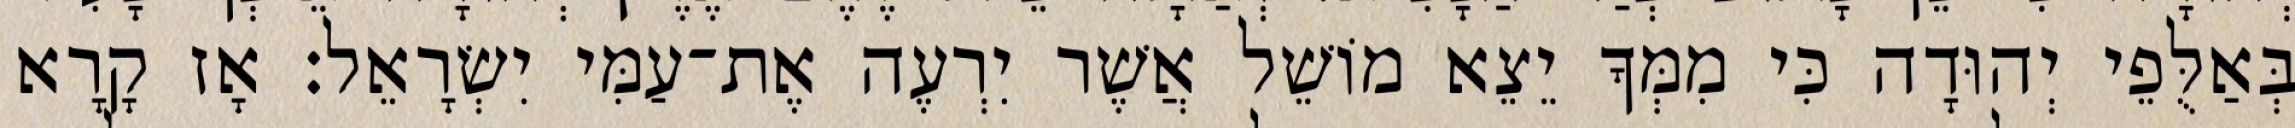
בְּאַלֻּפֵי יְהוּדָה כִּי מִמְּךָ יֵצֵא מוֹשֵׁל אֲשֶׁר יִרְעֶה אֶת־עַמִּי יִשְׂרָאֵל׃ אָז קָרָא